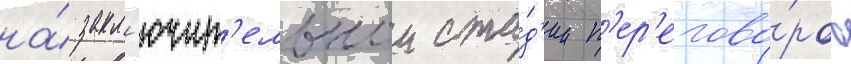
на́ закл'ючит'ельнои ста́д'ии п'ер'егово́ров